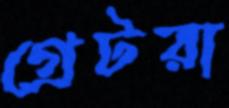
গ্রেটরা